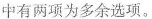
中有两项为多余选项。